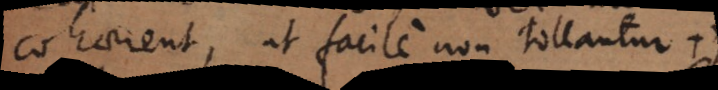
cohaerent, ut facile non tollantur +